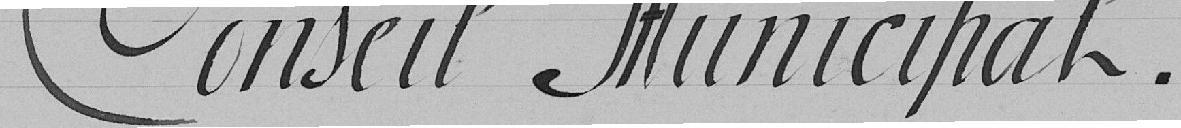
Conseil Municipal